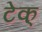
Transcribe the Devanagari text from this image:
टेक्